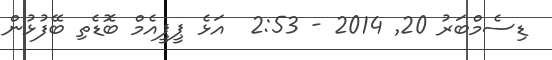
ޑިސެމްބަރު 20